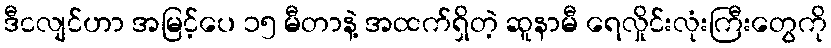
ဒီငလျင်ဟာ အမြင့်ပေ ၁၅ မီတာနဲ့ အထက်ရှိတဲ့ ဆူနာမီ ရေလှိုင်းလုံးကြီးတွေကို